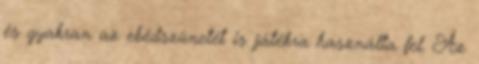
és gyakran az ebédszünetét is játékra használta fel. Az